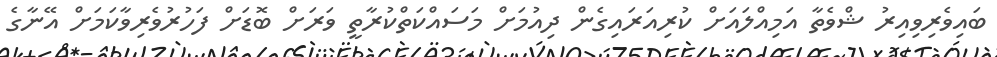
ބައިވެރިވިއިރު ޝްވެތާ އަމިއްލައަށް ކުރިއަރައިގެން ދިއުމަށް މަސައްކަތްކުރާތީ ވަރަށް ބޮޑަށް ފަހުރުވެރިވާކަމަށް އޭނާގެ